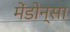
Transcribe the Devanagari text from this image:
मेंडोन्सा